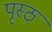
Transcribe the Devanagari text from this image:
पृस्ठ